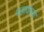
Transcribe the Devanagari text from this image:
पडायच्या